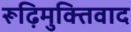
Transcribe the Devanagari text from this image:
रूढ़िमुक्तिवाद